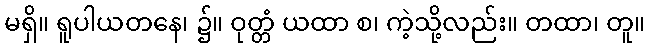
မရှိ။ ရူပါယတနေ၊ ၌။ ဝုတ္တံ ယထာ စ၊ ကဲ့သို့လည်း။ တထာ၊ တူ။